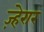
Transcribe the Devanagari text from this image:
ज़्हेरार